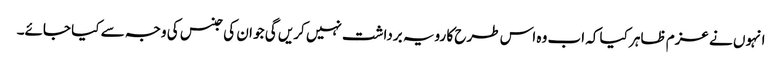
انہوں نے عزم ظاہر کیا کہ اب وہ اس طرح کا رویہ برداشت نہیں کریں گی جو ان کی جنس کی وجہ سے کیا جائے۔